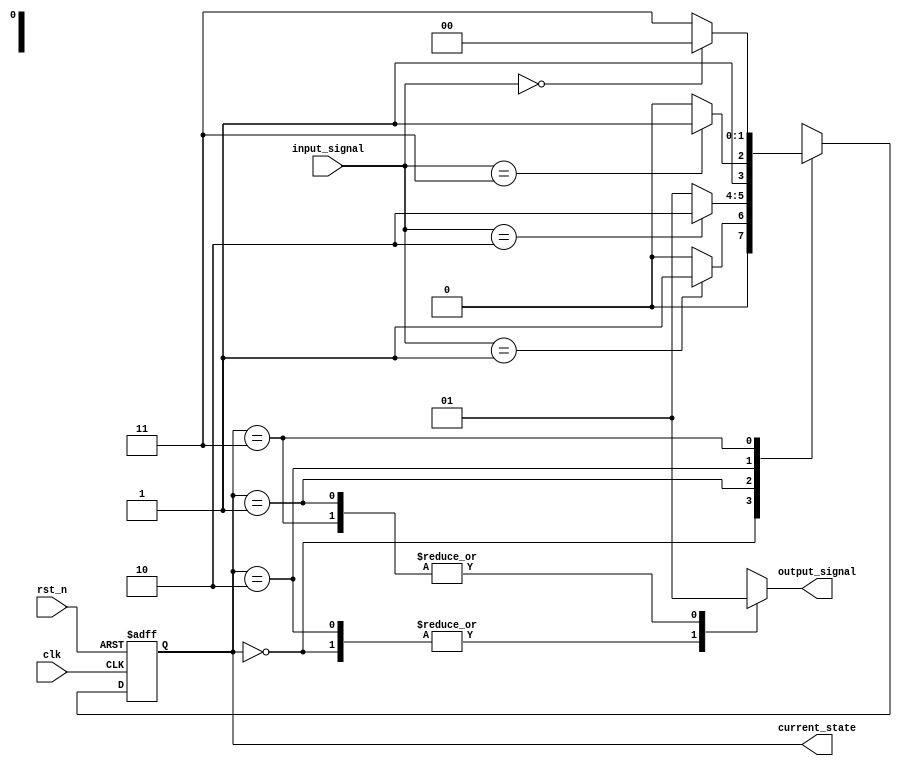
module fsm_preconfigured #(
    parameter STATE_WIDTH = 2,        // Number of bits for state representation
    parameter NUM_STATES = 4,         // Number of states in the FSM
    parameter DEFAULT_STATE = 2'b00    // Initial state
)(
    input wire clk,                    // Clock signal
    input wire rst_n,                  // Active-low reset signal
    input wire [1:0] input_signal,     // Input signals for state transitions
    output reg [1:0] current_state,    // Current state output
    output reg output_signal            // Output signal based on state
);

// State encoding
localparam STATE_0 = 2'b00;
localparam STATE_1 = 2'b01;
localparam STATE_2 = 2'b10;
localparam STATE_3 = 2'b11;

// State initialization logic
always @(posedge clk or negedge rst_n) begin
    if (!rst_n) begin
        current_state <= DEFAULT_STATE; // Initialize state on reset
    end else begin
        // State transition logic
        case (current_state)
            STATE_0: begin
                if (input_signal == 2'b01)
                    current_state <= STATE_1;
                else
                    current_state <= STATE_0;
            end
            
            STATE_1: begin
                if (input_signal == 2'b10)
                    current_state <= STATE_2;
                else
                    current_state <= STATE_1;
            end
            
            STATE_2: begin
                if (input_signal == 2'b11)
                    current_state <= STATE_3;
                else
                    current_state <= STATE_2;
            end
            
            STATE_3: begin
                if (input_signal == 2'b00)
                    current_state <= STATE_0;
                else
                    current_state <= STATE_3;
            end
            
            default: current_state <= DEFAULT_STATE; // Default case
        endcase
    end
end

// Output generation based on current state
always @(*) begin
    case (current_state)
        STATE_0: output_signal = 1'b0;
        STATE_1: output_signal = 1'b1;
        STATE_2: output_signal = 1'b0;
        STATE_3: output_signal = 1'b1;
        default: output_signal = 1'b0; // Default output
    endcase
end

endmodule